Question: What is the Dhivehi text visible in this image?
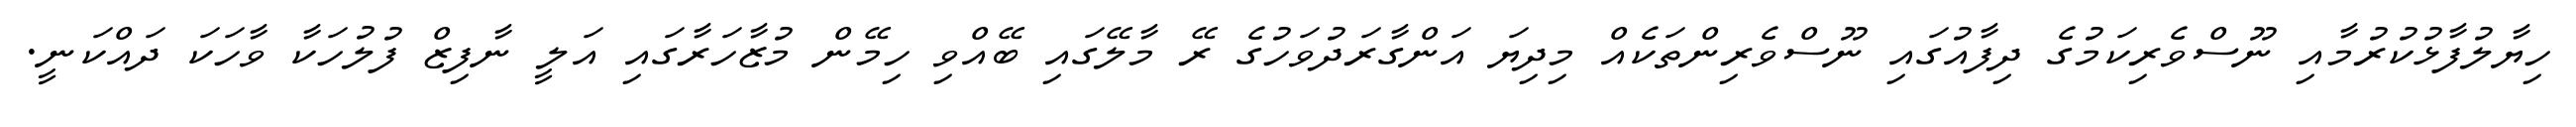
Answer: ހިޔާލުފާޅުކުރުމާއި ނޫސްވެރިކަމުގެ ދިފާއުގައި ނޫސްވެރިންތަކެއް މިދިޔަ އަންގާރަދުވަހުގެ ރޭ މާލޭގައި ބޭއްވި ހިމޭން މުޒާހަރާގައި އަލީ ނާފިޒް ފުލުހަކާ ވާހަކަ ދައްކަނީ.